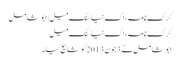
کرک نامہ، اک نیا سنگ میل | ابوشامل
کرک نامہ، اک نیا سنگ میل
ابوشامل نے 3 جون 2013 کو شایع کیا۔